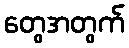
တွေအတွက်